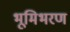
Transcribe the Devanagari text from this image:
भूमिभरण